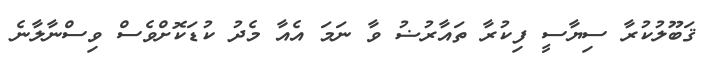
ޤަބޫލުކުރާ ސިޔާސީ ފިކުރާ ތައާރުޟު ވާ ނަމަ އެއާ މެދު ކުޑަކޮށްވެސް ވިސްނާލާނެ